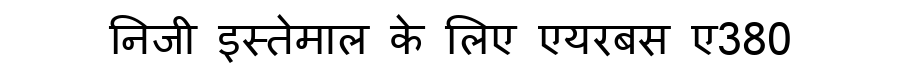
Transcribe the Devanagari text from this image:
निजी इस्तेमाल के लिए एयरबस ए380